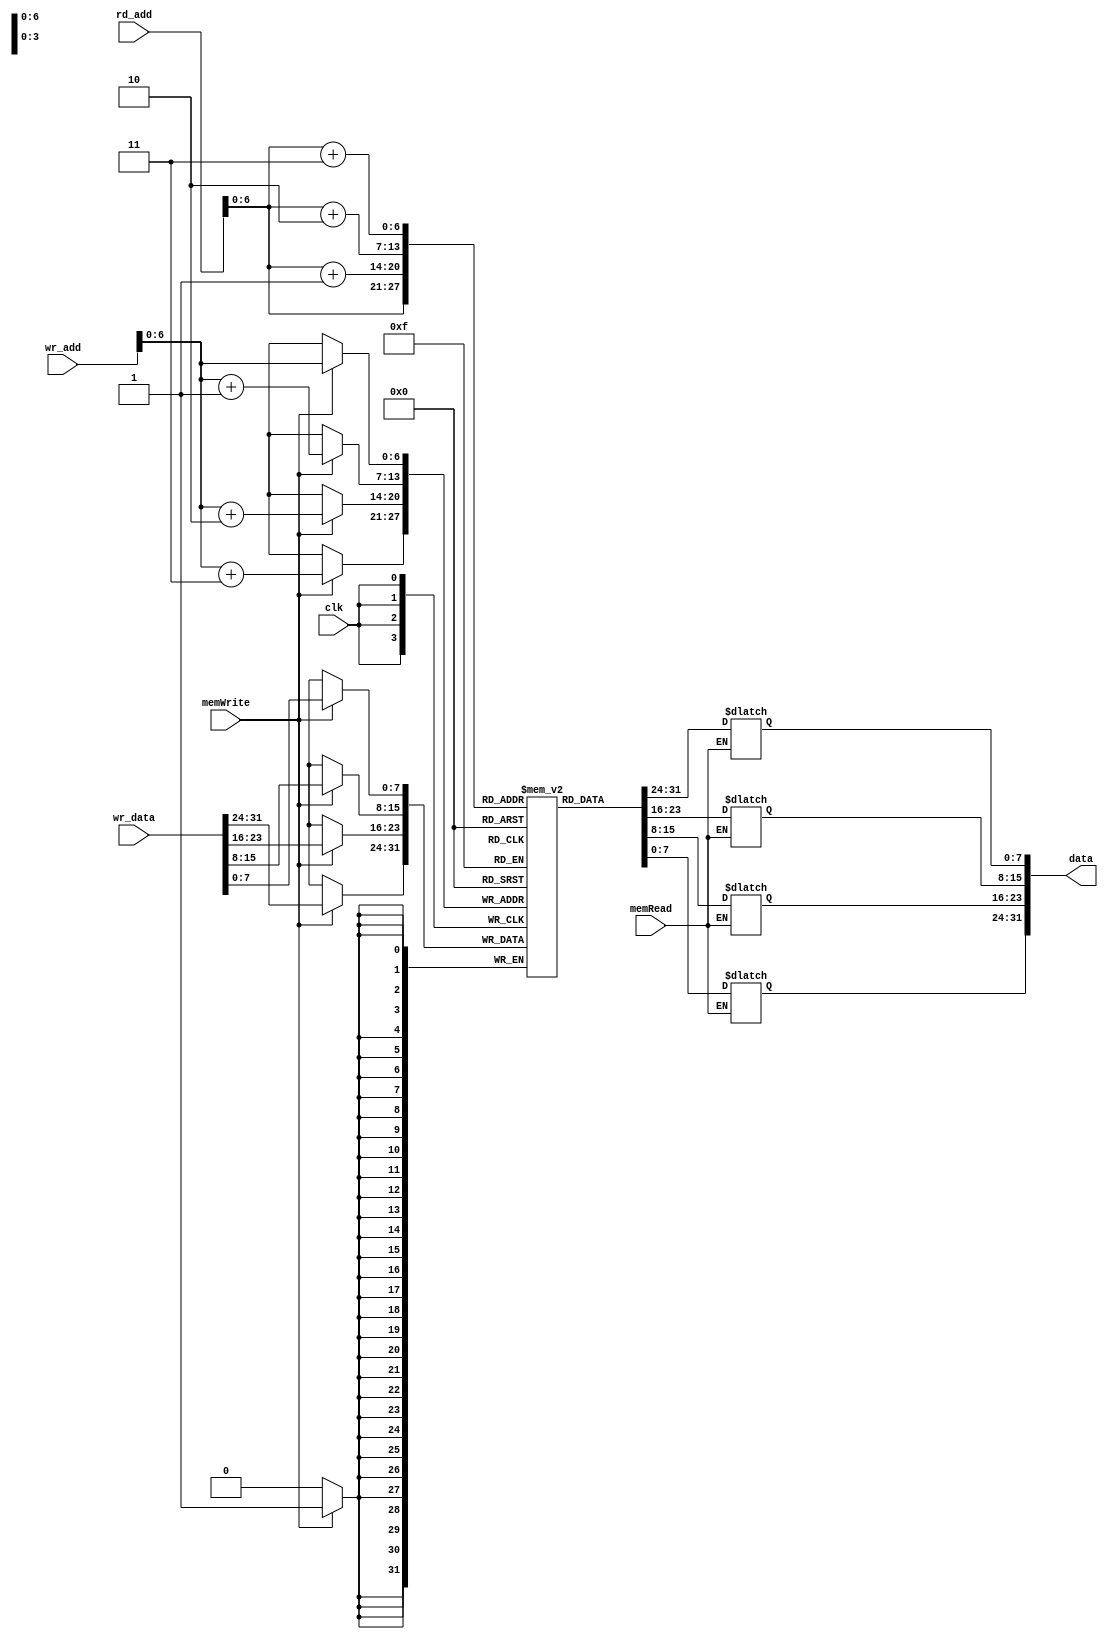
module data_memory_ba(input [31:0] rd_add, wr_add, wr_data, input memRead, clk,
					memWrite, output [31:0] data);

reg[7:0] datamem [0:127];
reg[7:0] temp [0:3];
integer i;

initial begin
/*datamem[0] <= 8'hff;
datamem[1] <= 8'haa;
datamem[2] <= 8'h11;
datamem[3] <= 8'h77;

datamem[4] <= 8'hee;
datamem[5] <= 8'hbb;
datamem[6] <= 8'h33;
datamem[7] <= 8'hff;

datamem[8] <= 8'hef;
datamem[9] <= 8'hab;
datamem[10] <= 8'h13;
datamem[11] <= 8'h7f;*/

for(i=0;i<128;i=i+1)
 datamem[i] <= 8'd0;
end

always@(rd_add, memRead)
begin
	if(memRead)
	begin
	 temp[0] <= datamem[rd_add];
	 temp[1] <= datamem[rd_add+1];
	 temp[2] <= datamem[rd_add+2];
	 temp[3] <= datamem[rd_add+3];
	 end
end

	assign data = {temp[3],temp[2],temp[1],temp[0]};
	
always@(posedge clk)
begin
	if(memWrite)
	begin
		datamem[wr_add] <= wr_data[7:0];
		datamem[wr_add+1] <= wr_data[15:8];
		datamem[wr_add+2] <= wr_data[23:16];
		datamem[wr_add+3] <= wr_data[31:24];
	end
end

endmodule